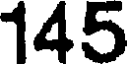
145